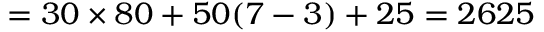
= 3 0 \times 8 0 + 5 0 ( 7 - 3 ) + 2 5 = 2 6 2 5